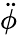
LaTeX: \ddot{\phi}